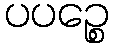
ပပဉ္စေ